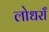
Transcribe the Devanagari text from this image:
लोधराँ